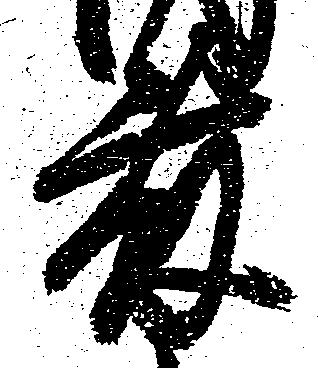
藤